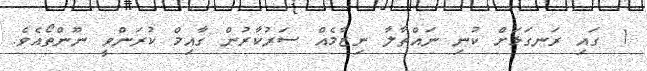
1 ގައި ރަނގަޅަށް ކުނި ނައްތާލާ ނިޒާމެއް ސަރުކާރުން ގާއިމް ކުރަންވީ ނޫންތޯއެވެ.